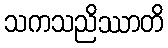
သကသညိဿာတိ